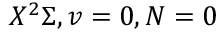
X ^ { 2 } \Sigma , v = 0 , N = 0